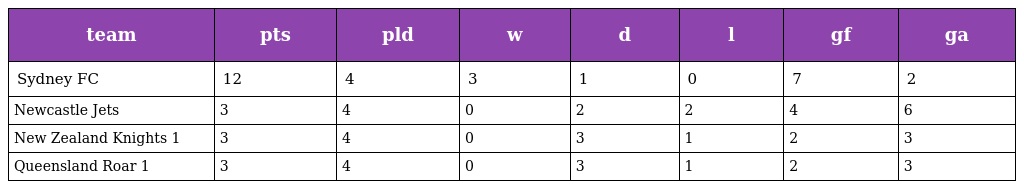
| team | pts | pld | w | d | l | gf | ga |
 | --- | --- | --- | --- | --- | --- | --- | --- |
 | Sydney FC | 12 | 4 | 3 | 1 | 0 | 7 | 2 |
 | Newcastle Jets | 3 | 4 | 0 | 2 | 2 | 4 | 6 |
 | New Zealand Knights 1 | 3 | 4 | 0 | 3 | 1 | 2 | 3 |
 | Queensland Roar 1 | 3 | 4 | 0 | 3 | 1 | 2 | 3 |